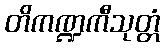
တိကဏ္ဍကီသုတ္တံ